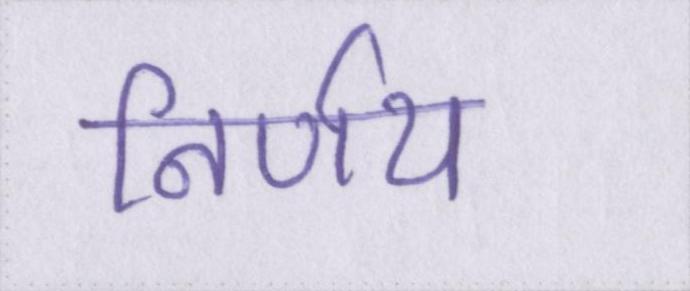
निर्णय